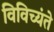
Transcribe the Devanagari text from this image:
विविच्यंते